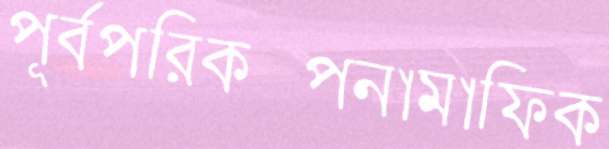
পূর্বপরিকল্পনামাফিক